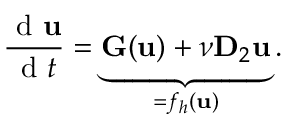
\frac { \mathrm { ~ d ~ } \mathbf { u } } { \mathrm { ~ d ~ } t } = \underbrace { \mathbf { G } ( \mathbf { u } ) + \nu \mathbf { D } _ { 2 } \mathbf { u } } _ { = f _ { h } ( \mathbf { u } ) } .